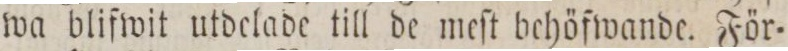
wa blifwit utdelade till de meſt behöfwande. För=